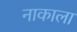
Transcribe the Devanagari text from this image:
नाकाला